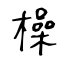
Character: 橾